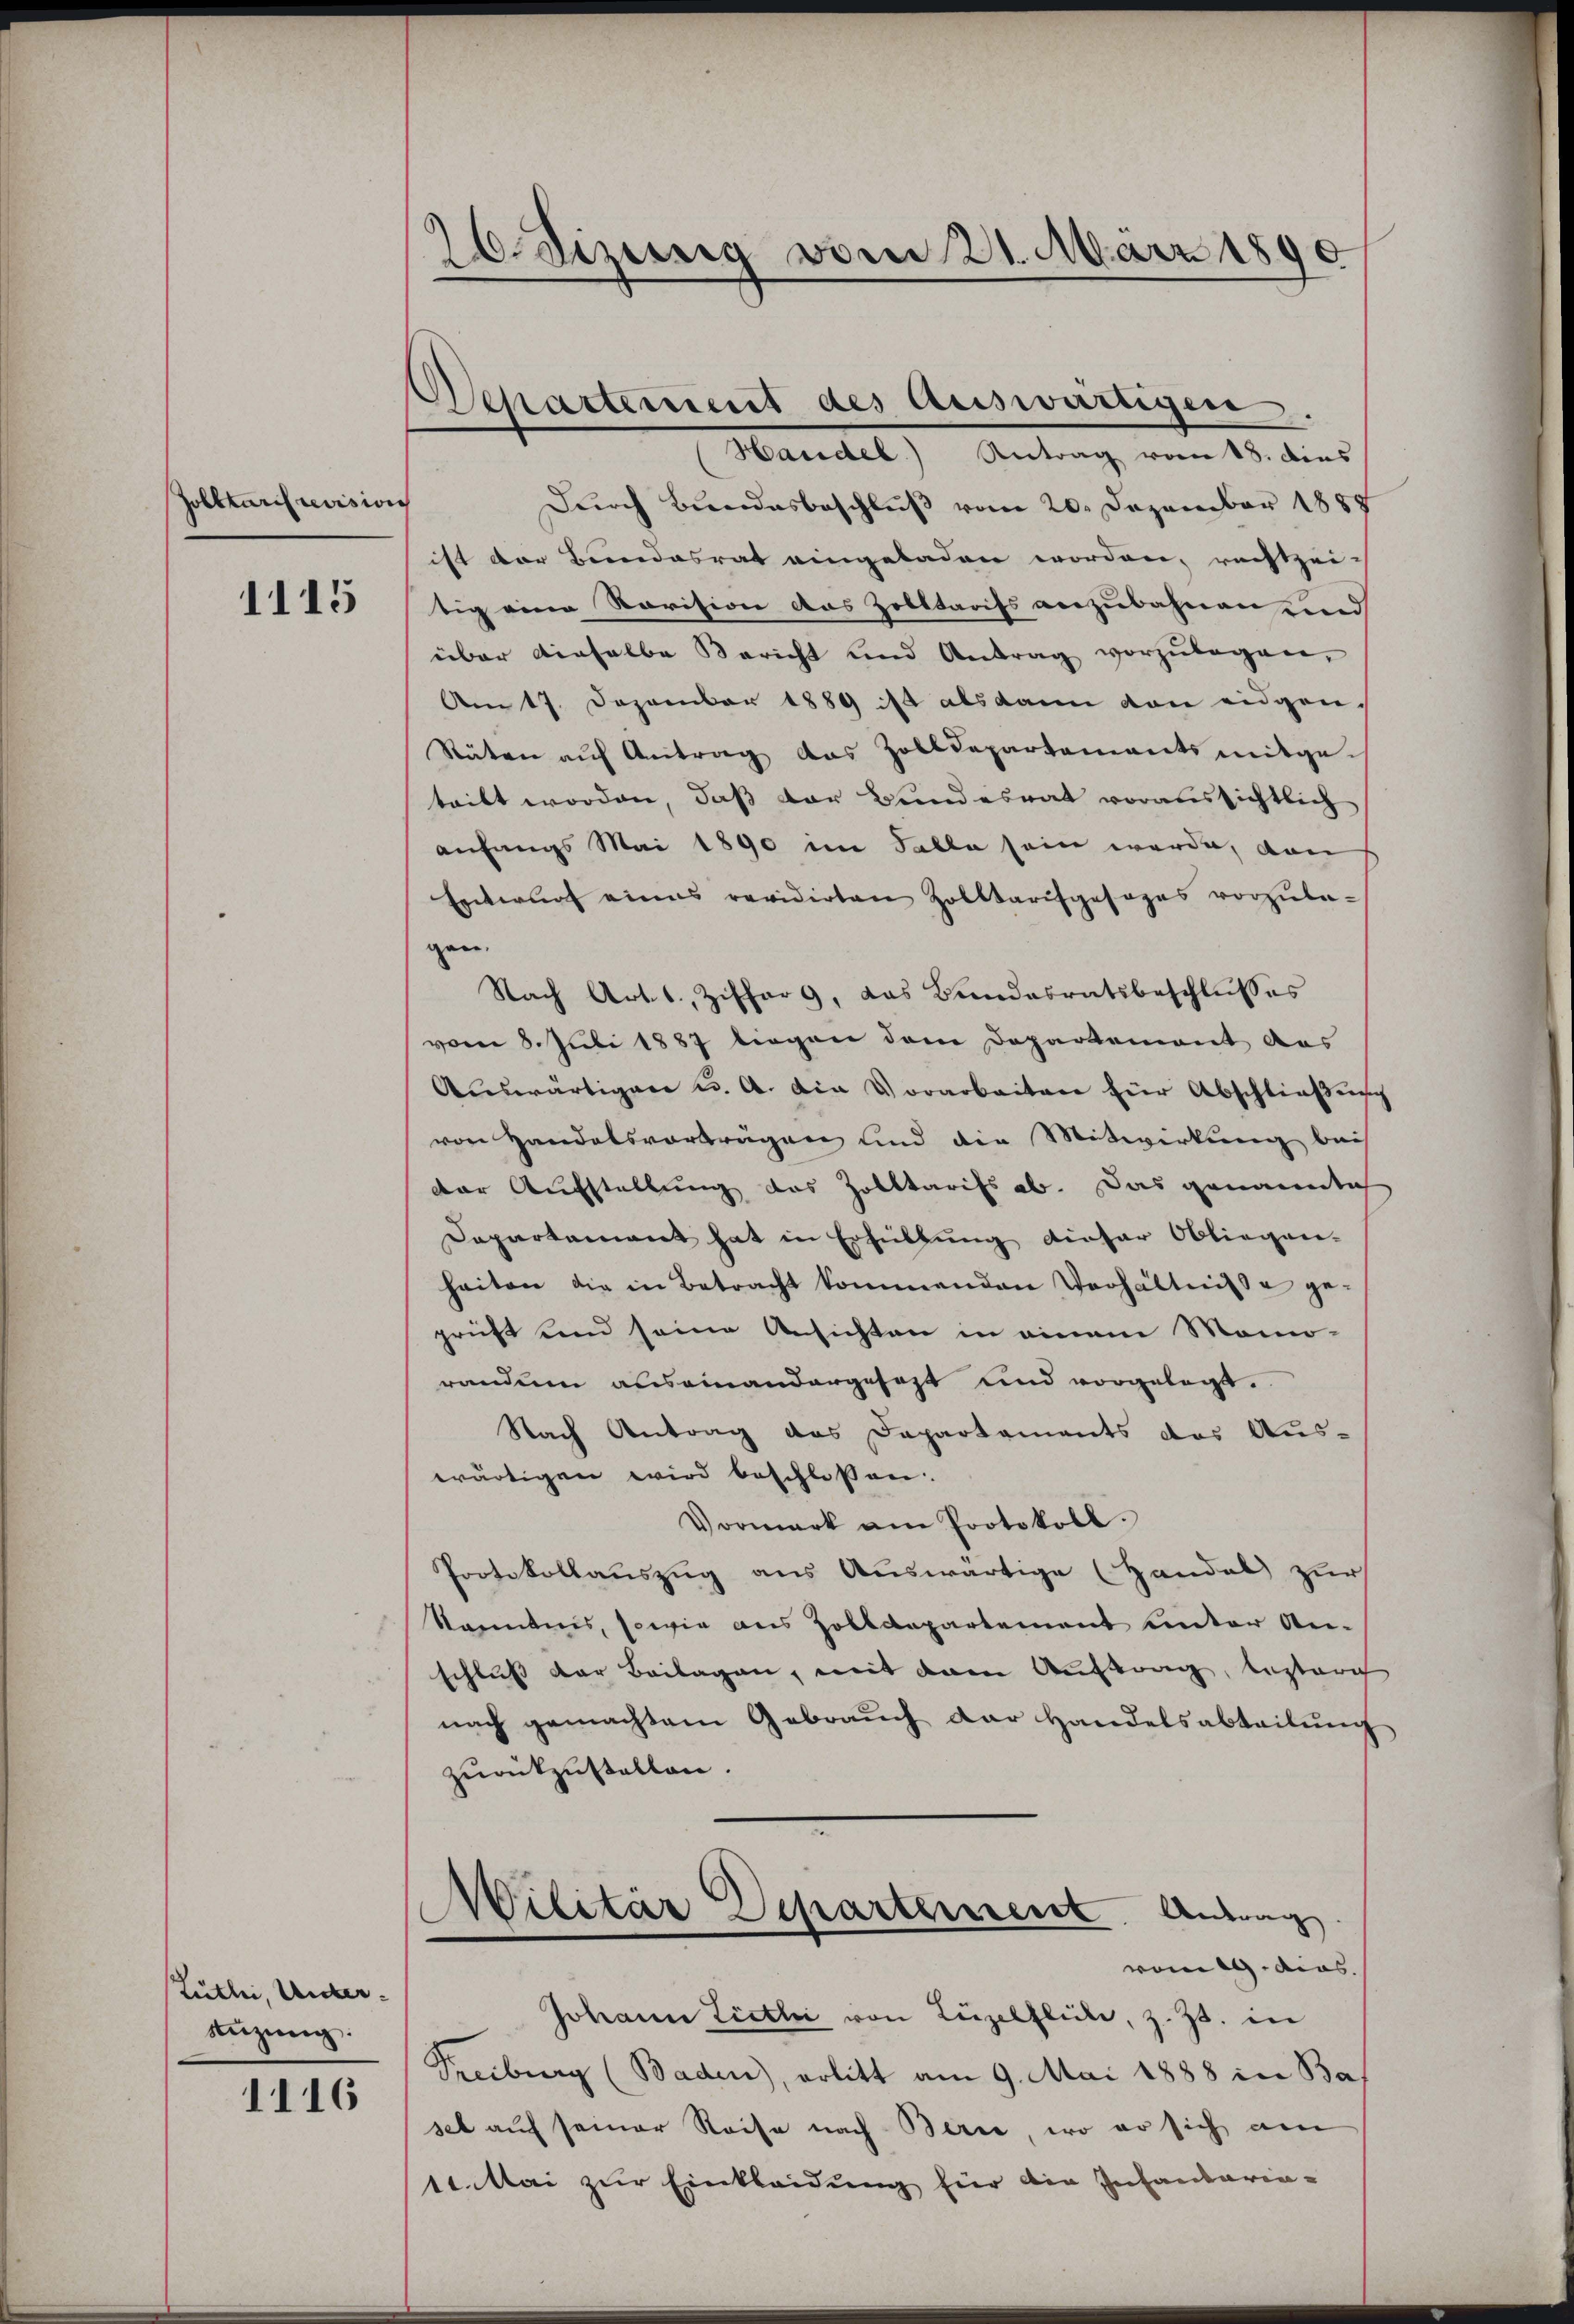
oletaris revision
1115

Zütlei, Unter¬
Suzung:

1116

26. Dizung vom 21. März 1890

Departement des Auswärtigen
Handel Antrag vom 18. dies

Dŭrch Bundesbeschlŭβ vom 20. Dezember 1888
ist der Bundesrat eingeladen worden, rechtzei-
tig eine Ravision das Zolltarifs anzubahnen und
über dieselbe Bericht und Antrag vorzŭlegen,
Am 17. Dezember 1889 ist alsdann von eidgen.
Rüten aŭf Antrag das Zolldepartements mitgeteilt worden, daß der Bundesrat voraussichtlich
anfangs Mai 1890 im Falle sein werde, dan
Entwurf eines revidirten Zolltarifgesages vorzŭla-
gan.
Nach Art. 6., Zifferg, das Bundesratsbeschlŭsses
vom 8. Juli 1887 liegen dem Departement des
Aŭswärtigen u. A. Die Vorarbeitere für Abschließung
von Handelsvorträgen und die Mitwirkung bei
der Aufstellung des Zolltarifs ab. Das genanntich
Departement hat in Erfüllung dieser Obliegen-
heiten die in Betracht kommenden Verhältnisse ge-
prüft und seine Ansichten in einem Momo-
randum auseinandergefast und vorgelegt.
Nach Antrag des Departements das Aus-
wärtigen wird beschlossen.
Vormark am Protokoll.
Protokollauszug aus Auswärtige (Handal zur
kanntnis, sowie aus Zolldepartement unter An-
schluss der Beilagen, mit dem Auftrag, bestere
nach gemachtem Gebraŭch der Handelsabteilŭng
zurückzustellen.
Militär Departement. Antrag
vom 19. dies.
Johann Lietli von Liezelflücke, z. Zt. in
Freiburg (Baden, erlitt am 9. Mai 1888 in Ba
set auf seiner Reise nach Berne, wo er sich am
st. Mai zur Einkleidung für die Infantaria-